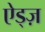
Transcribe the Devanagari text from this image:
ऐड्ज़